Report of the Indian Hemp Drugs Commission, 1894-1895 - Volume V
Year: 1894
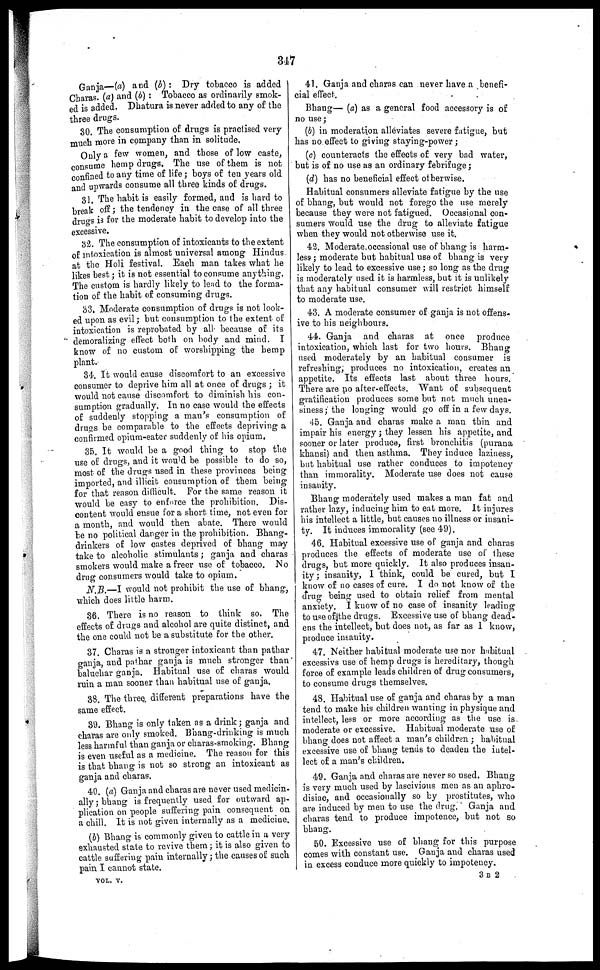
317
Ganja—(a) and (b) : Dry tobacco is added
Charas. (a) and (b) : Tobacco as ordinarily smok-
ed is added. Dhatura is never added to any of the
three drugs.
30. The consumption of drags is practised very
much more in company than in solitude.
Only a few women, and those of low caste,
consume hemp drugs. The use of them is not
confined to any time of life ; boys of ten years old
and upwards consume all three kinds of drugs.
31, The habit is easily formed, and is hard to
break off ; the tendency in the case of all three
drugs is for the moderate habit to develop into the
excessive.
32. The consumption of intoxicants to the extent
of intoxication is almost universal among Hindus
at the Holi festival. Each man takes what he
likes best ; it is not essential to consume anything.
The custom is hardly likely to lend to the forma-
tion of the habit of consuming drugs.
33. Moderate consumption of drugs is not look-
ed upon as evil ; but consumption to the extent of
intoxication is reprobated by all because of its
demoralizing effect both on body and mind. I
know of no custom of worshipping the hemp
plant.
34. It would cause discomfort to an excessive
consumer to deprive him all at once of drugs ; it
would not cause discomfort to diminish his con-
sumption gradually. In no case would the effects
of suddenly stopping a man's consumption of
drugs be comparable to the effects depriving a
confirmed opium-eater suddenly of his opium.
35. It would be a good thing to stop the
use of drugs, and it would be possible to do so,
most of the drugs used in these provinces being
imported, and illicit consumption of them being
for that reason difficult. For the same reason it
would be easy to enforce the prohibition. Dis-
content would ensue for a short time, not even for
a month, and would then abate. There would
be no political danger in the prohibition. Bhang-
drinkers of low castes deprived of bhang may
take to alcoholic stimulants ; ganja and charas
smokers would make a freer use of tobacco. No
drug consumers would take to opium.
N.B.—I would not prohibit the use of bhang,
which does little harm.
36. There is no reason to think so. The
effects of drugs and alcohol are quite distinct, and
the one could not be a substitute for the other.
37. Charas is a stronger intoxicant than pathar
ganja, and pathar ganja is much stronger than
baluchar ganja. Habitual use of charas would
ruin a man sooner than habitual use of ganja.
38. The three different preparations have the
same effect.
39. Bhang is only taken as a drink ; ganja and
charas are only smoked. Bhang-drinking is much
less harmful than ganja or charas-smoking. Bhang
is even useful as a medicine. The reason for this
is that bhang is not so strong an intoxicant as
ganja and charas.
40. (a) Ganja and charas are never used medicin-
ally ; bhang is frequently used for outward ap-
plication on people suffering pain consequent on
a chill. It is not given internally as a medicine.
(b) Bhang is commonly given to cattle in a very
exhausted state to revive them ; it is also given to
cattle suffering pain internally ; the causes of such
pain I cannot state.
VOL. V.
41. Ganja and charas can never have a benefi-
cial effect.
Bhang— (a) as a general food accessory is of
no use ;
(b) in moderation alleviates severe fatigue, but
has no effect to giving staying-power ;
(c) counteracts the effects of very bad water,
but is of no use as an ordinary febrifuge ;
(d) has no beneficial effect otherwise.
Habitual consumers alleviate fatigue by the use
of bhang, but would not forego the use merely
because they were not fatigued. Occasional con-
sumers would use the drug to alleviate fatigue
when they would not otherwise use it.
42. Moderate occasional use of bhang is harm-
less ; moderate but habitual use of bhang is very
likely to lead to excessive use ; so long as the drug
is moderately used it is harmless, but it is unlikely
that any habitual consumer will restrict himself
to moderate use.
43. A moderate consumer of ganja is not offens-
ive to his neighbours.
44. Ganja and charas at once produce
intoxication, which last for two hours. Bhang
used moderately by an habitual consumer is
refreshing, produces no intoxication, creates an
appetite. Its effects last about three hours.
There are no after-effects. Want of subsequent
gratification produces some but not much unea-
siness ; the longing would go off in a few days.
45. Ganja and charas make a man thin and
impair his energy ; they lessen his appetite, and
sooner or later produce, first bronchitis (purana
khansi) and then asthma. They induce laziness,
but habitual use rather conduces to impotency
than immorality. Moderate use does not cause
insanity.
Bhang moderately used makes a man fat and
rather lazy, inducing him to eat more. It injures
his intellect a little, but causes no illness or insani-
ty. It induces immorality (see 49).
46. Habitual excessive use of ganja and charas
produces the effects of moderate use of these
drugs, but more quickly. It also produces insan-
ity ; insanity, I think, could be cured, but I
know of no cases of cure. I do not know of the
drug being used to obtain relief from mental
anxiety. I know of no case of insanity leading
to use of the drugs. Excessive use of bhang dead-
ens the intellect, but does not, as far as 1 know,
produce insanity.
47. Neither habitual moderate use nor habitual
excessivs use of hemp drugs is hereditary, though
force of example leads children of drug consumers,
to consume drugs themselves.
48. Habitual use of ganja and charas by a man
tend to make his children wanting in physique and
intellect, less or more according as the use is.
moderate or excessive. Habitual moderate use of
bhang does not affect a man's children ; habitual
excessive use of bhang tends to deaden the intel-
lect of a man's children.
49. Ganja and charas are never so used. Bhang
is very much used by lascivious men as an aphro-
disiac, and occasionally so by prostitutes, who
are induced by men to use the drug. Ganja and
charas tend to produce impotence, but not so
bhang.
50. Excessive use of bhang for this purpose
comes with constant use. Ganja and charas used
in excess conduce more quickly to impotency.
3 B 2